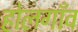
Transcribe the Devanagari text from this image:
होलगाँव